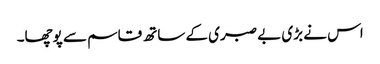
اس نے بڑی بے صبری کے ساتھ قاسم سے پوچھا۔